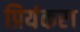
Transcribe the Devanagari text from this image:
प्रियंकरा